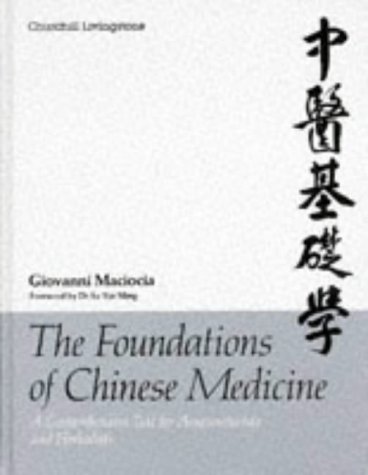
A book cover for The Foundations of Chinese Medicine: A Comprehensive Text for Acupuncturists and Herbalists; Giovanni Maciocia CAc(Nanjing); Medical Books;